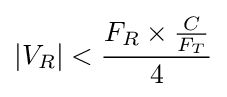
|V_{R}|<{\frac {F_{R}\times {\frac {C}{F_{T}}}}{4}}